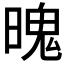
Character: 𣉨